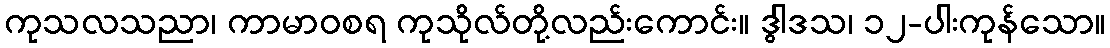
ကုသလသညာ၊ ကာမာဝစရ ကုသိုလ်တို့လည်းကောင်း။ ဒွါဒသ၊ ၁၂-ပါးကုန်သော။